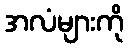
အလံများကို